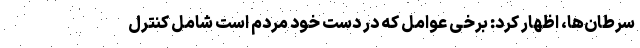
سرطان‌ها، اظهار کرد: برخی عوامل که در دست خود مردم است شامل کنترل